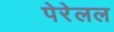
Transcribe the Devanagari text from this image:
पेरेलल